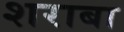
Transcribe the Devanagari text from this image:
शराबा